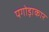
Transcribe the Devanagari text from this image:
पगोड़ाकार